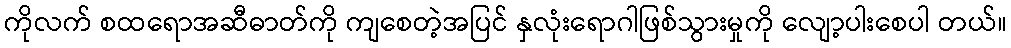
ကိုလက် စထရောအဆီဓာတ်ကို ကျစေတဲ့အပြင် နှလုံးရောဂါဖြစ်သွားမှုကို လျော့ပါးစေပါ တယ်။